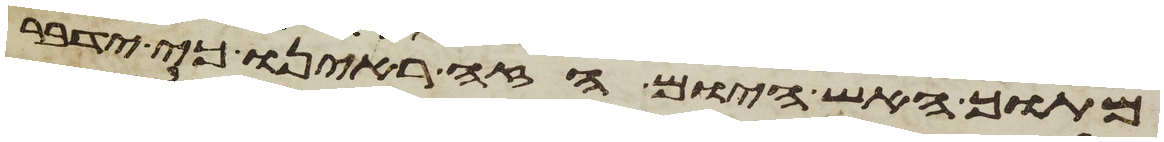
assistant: מתוך האש היום הזה ראינו כי ידבר